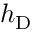
h _ { \mathrm { D } }